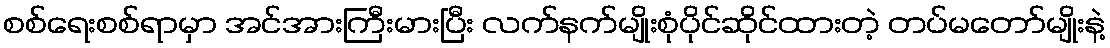
စစ်ရေးစစ်ရာမှာ အင်အားကြီးမားပြီး လက်နက်မျိုးစုံပိုင်ဆိုင်ထားတဲ့ တပ်မတော်မျိုးနဲ့